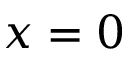
x = 0